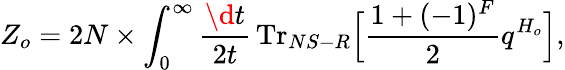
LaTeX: Z_{o}=2N\times\int_{0}^{\infty}\frac{\d t}{2t}\, \mathrm{Tr}_{NS-R}\Big[\frac{1+(-1)^{F}}{2}q^{H_{o}}\Big],